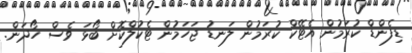
ޑިފެންޑް ކުރަމުން އެޓޭކް ކުރަމުން ލަނޑު ޖަހަމުން ޓެކުލްކޮށް ބޯޅަ ވެސް ހޯދަން.